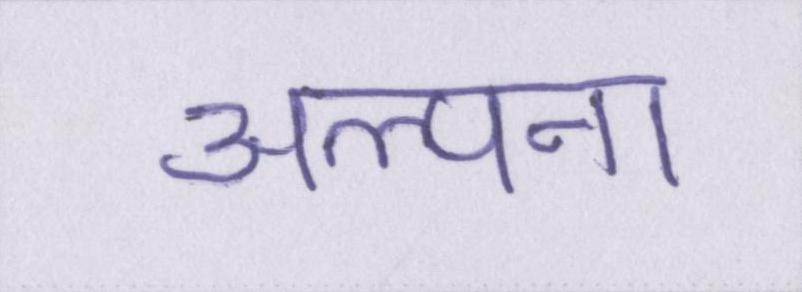
अल्पना